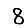
Digit: 8